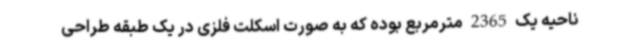
ناحیه یک 2365 مترمربع بوده که به صورت اسکلت فلزی در یک طبقه طراحی